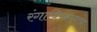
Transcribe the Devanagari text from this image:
रंगाविष्करणच